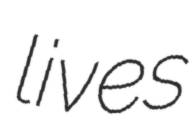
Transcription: lives